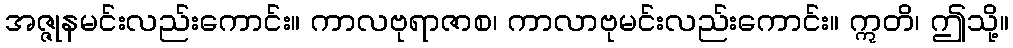
အဇ္ဇုနမင်းလည်းကောင်း။ ကာလဗုရာဇာစ၊ ကာလာဗုမင်းလည်းကောင်း။ ဣတိ၊ ဤသို့။